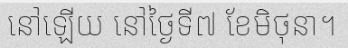
នៅឡើយ នៅថ្ងៃទី៧ ខែមិថុនា។